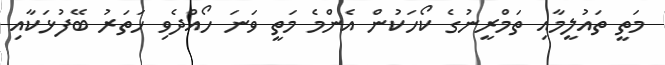
މަތީ ތައުލީމާއި ތަމްރީނުގެ ކޯހަކުން އެންމެ މަތީ ވަނަ ހޯއްދެވި ހަތަރު ބޭފުޅަކާއި